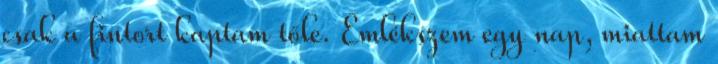
csak a fintort kaptam tőle. Emlékszem egy nap, miattam